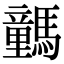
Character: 𩦍